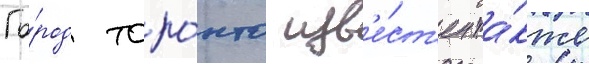
Го́род торо́нто изв'е́ст'ен та́кже